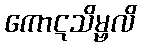
ကောဋသိမ္ဗလိ